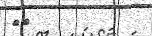
١٥